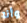
وأنا